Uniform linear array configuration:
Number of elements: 8
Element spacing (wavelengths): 0.5
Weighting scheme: uniform
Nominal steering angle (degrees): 30
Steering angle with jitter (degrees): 29.029
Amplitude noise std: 0.05
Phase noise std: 0.05

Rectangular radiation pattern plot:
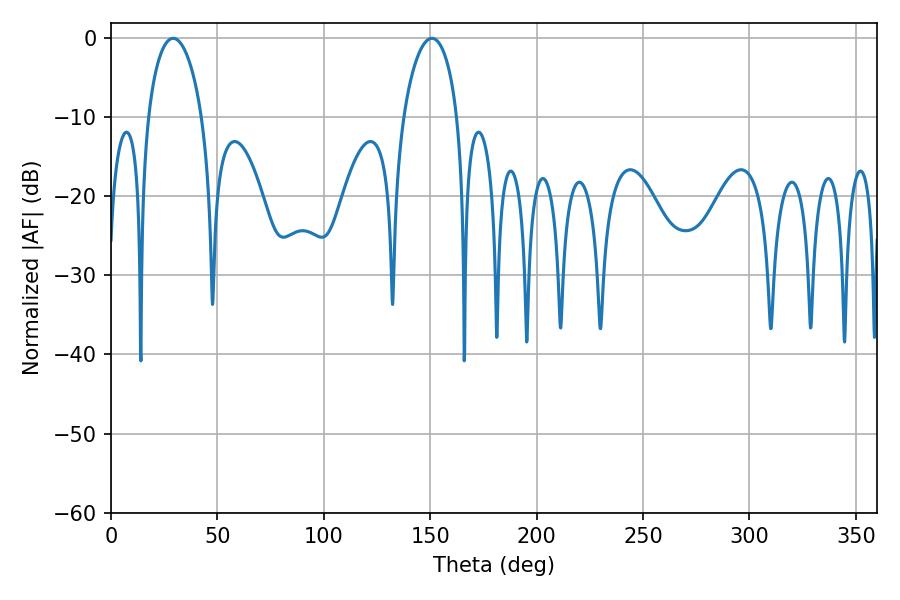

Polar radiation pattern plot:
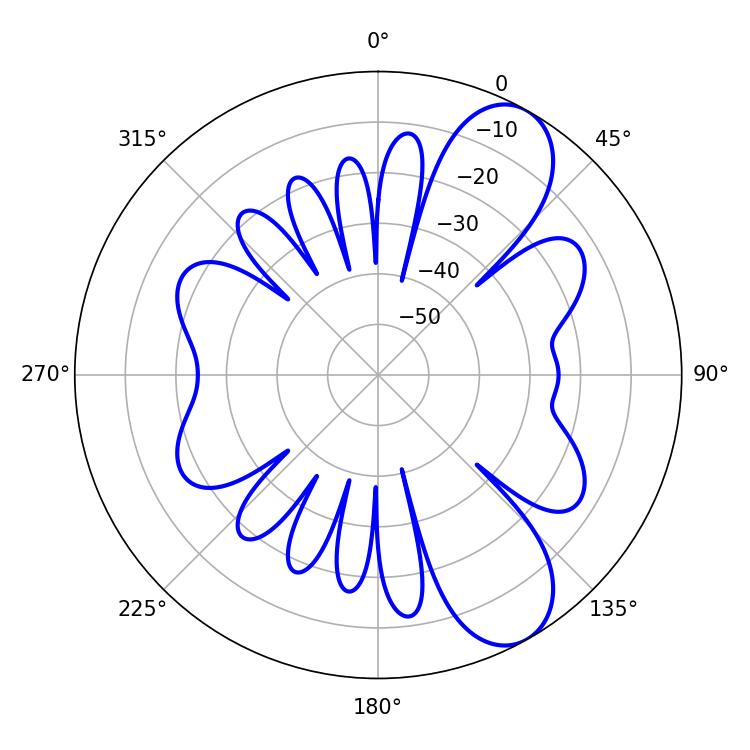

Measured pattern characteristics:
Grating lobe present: FALSE
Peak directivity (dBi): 8.773
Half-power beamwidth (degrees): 14.4
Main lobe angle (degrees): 29.16